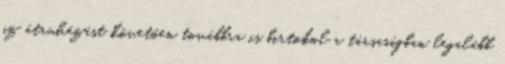
az átruházást követően továbbra is birtokol a társaságban legalább